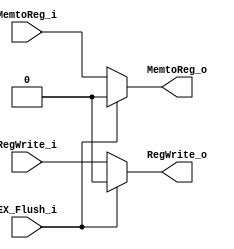
module MUX_EX_Flush_WB(
EX_Flush_i,
RegWrite_i,
MemtoReg_i, 
RegWrite_o, 
MemtoReg_o 
);

input EX_Flush_i;
input RegWrite_i;
input MemtoReg_i; 

output reg RegWrite_o; 
output reg MemtoReg_o; 

always @(*) begin
if(EX_Flush_i == 0) begin
	RegWrite_o = RegWrite_i;
	MemtoReg_o = MemtoReg_i;
end
else begin
	RegWrite_o = 0;
	MemtoReg_o = 0;
end
end

endmodule